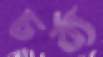
চর্ব্য